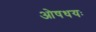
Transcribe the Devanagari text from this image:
ओषधयः